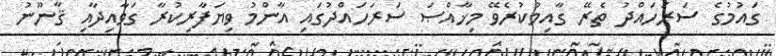
ގައުމުގެ ސަރަހައްދު ތެރޭ ގާއިމުކުރެވޭ މިޚާއްޞަ ސަރަހައްދުގައި އާންމު ވިޔަފާރިކުރާ ގަވާއިދާއި ޤާނޫނު